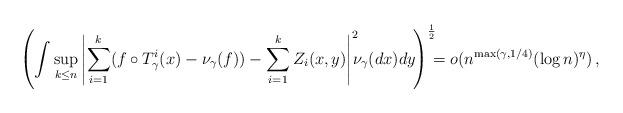
LaTeX: \begin{align*}\left(\int \sup_{k \leq n} \left |\sum_{i=1}^k (f\circ T_{\gamma}^{i} (x) -\nu_{\gamma}(f))- \sum_{i=1}^k Z_i (x,y) \right|^2 \! \! \! \nu_{\gamma}(dx) dy \! \right) ^{\frac 1 2} \! \! \! = o (n^{\max(\gamma,1/4)} (\log n)^{\eta }) \, ,\end{align*}